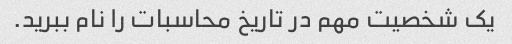
یک شخصیت مهم در تاریخ محاسبات را نام ببرید.